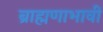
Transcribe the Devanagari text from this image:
ब्राह्मणाभावीं